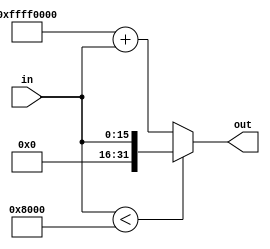
`timescale 1ns / 1ps
//Iain Donnelly , Josue Ortiz
// Effort 50-50

////////////////////////////////////////////////////////////////////////////////
// ECE369 - Computer Architecture
// 
// Module - SignExtension.v
// Description - Sign extension module.
////////////////////////////////////////////////////////////////////////////////
module SignExtension(in, out);
/* A 16-Bit input word */
    input [15:0] in;
    
    /* A 32-Bit output word */
    output reg [31:0] out;   //using always @
    //output [31:0] out;   //using assign statement
    
    always @(in) begin
        if (in < 16'h8000) begin
            out <= 0;
            out <= in;
        end
        else begin
            out <= 32'hFFFF0000 + in;
        end
    end
    /* Fill in the implementation here ... */

endmodule